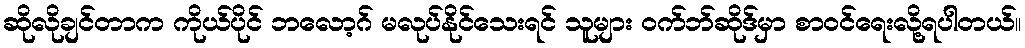
ဆိုလိုချင်တာက ကိုယ်ပိုင် ဘလော့ဂ် မလုပ်နိုင်သေးရင် သူများ ဝက်ဘ်ဆိုဒ်မှာ စာဝင်ရေးလို့ရပါတယ်။